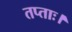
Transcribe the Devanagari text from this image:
तप्ताः।